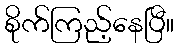
စိုက်ကြည့်နေပြီ။